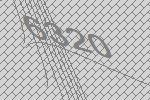
6320